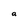
Character: a